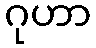
ဂုဟာ